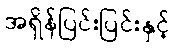
အရှိန်ပြင်းပြင်းနှင့်